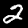
Label: 2